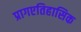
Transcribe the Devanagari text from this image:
प्रागएतिहासिक